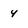
Character: 4